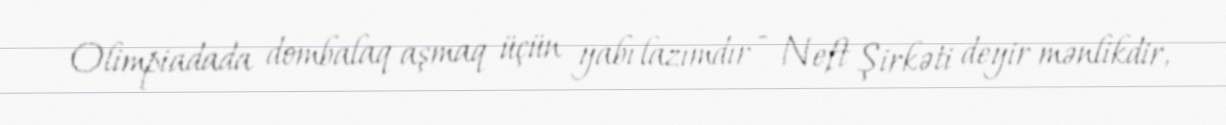
Olimpiadada dombalaq aşmaq üçün yabı lazımdır - Neft Şirkəti deyir mənlikdir,